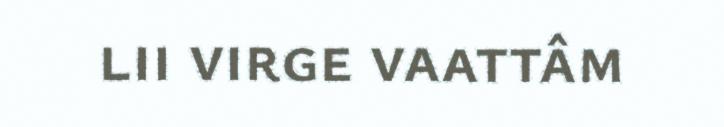
lii virge vaattâm